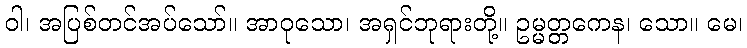
ဝါ၊ အပြစ်တင်အပ်သော်။ အာဝုသော၊ အရှင်ဘုရားတို့။ ဥမ္မတ္တကေန၊ သော။ မေ၊